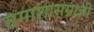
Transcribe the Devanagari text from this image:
तमाशासम्राज्ञी